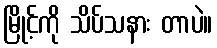
မြိုင့်ကို သိပ်သနား တာပဲ။